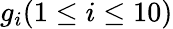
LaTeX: g_{i}(1\leq i\leq 10)